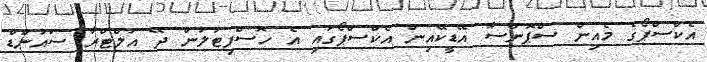
އެކްސްޕޯގެ މެއިން ސްޕޮންސާ އޭޑީކޭއިން އެކްސްޕޯގައި އެ ހޮސްޕިޓަލުން ދޭ އަލްޓްރާ ސައުންޑް